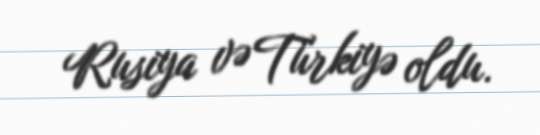
Rusiya və Türkiyə oldu.